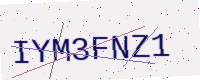
Text: IYM3FNZ1